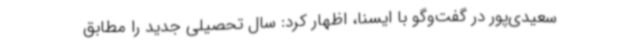
سعیدی‌پور در گفت‌وگو با ایسنا، اظهار کرد: سال تحصیلی جدید را مطابق